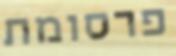
פרסומת